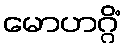
မောဟဂ္ဂိံ